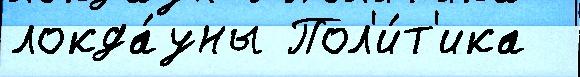
локда́уны Пол'и́т'ика